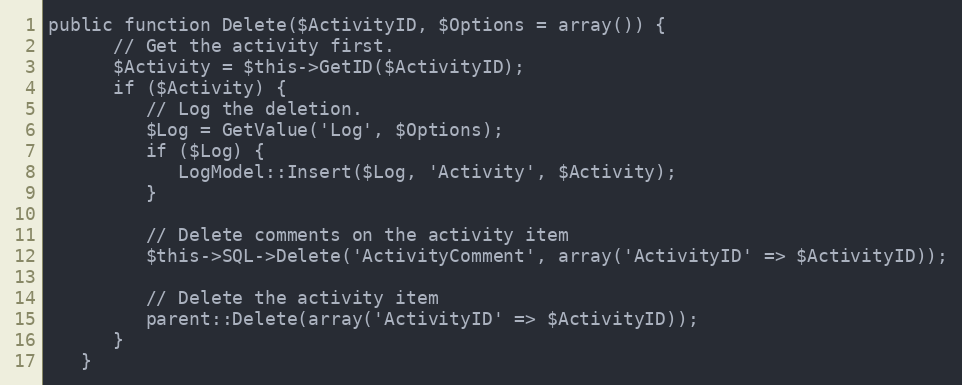
Language: PHP
public function Delete($ActivityID, $Options = array()) {
      // Get the activity first.
      $Activity = $this->GetID($ActivityID);
      if ($Activity) {
         // Log the deletion.
         $Log = GetValue('Log', $Options);
         if ($Log) {
            LogModel::Insert($Log, 'Activity', $Activity);
         }

         // Delete comments on the activity item
         $this->SQL->Delete('ActivityComment', array('ActivityID' => $ActivityID));

         // Delete the activity item
         parent::Delete(array('ActivityID' => $ActivityID));
      }
   }